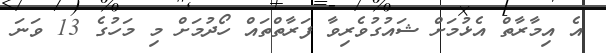
އެ އިމާރާތް އެޅުމަށް ޝައުގުވެރިވާ ފަރާތްތައް ހޯދުމަށް މި މަހުގެ 13 ވަނަ